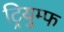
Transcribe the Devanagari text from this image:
ट्रियुम्फ